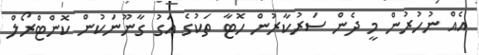
އެއް ނުހުރުން މީ ދެން ސަރުކާރުން ހޮޓާ ތަކުގެ އަގު ގާނޫނަކުން ކޮންޓްރޯލް